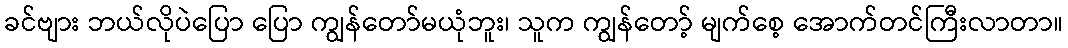
ခင်ဗျား ဘယ်လိုပဲပြော ပြော ကျွန်တော်မယုံဘူး၊ သူက ကျွန်တော့် မျက်စေ့ အောက်တင်ကြီးလာတာ။